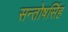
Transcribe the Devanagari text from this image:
सन्तोषसिंह